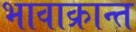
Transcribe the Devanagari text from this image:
भावाक्रान्त